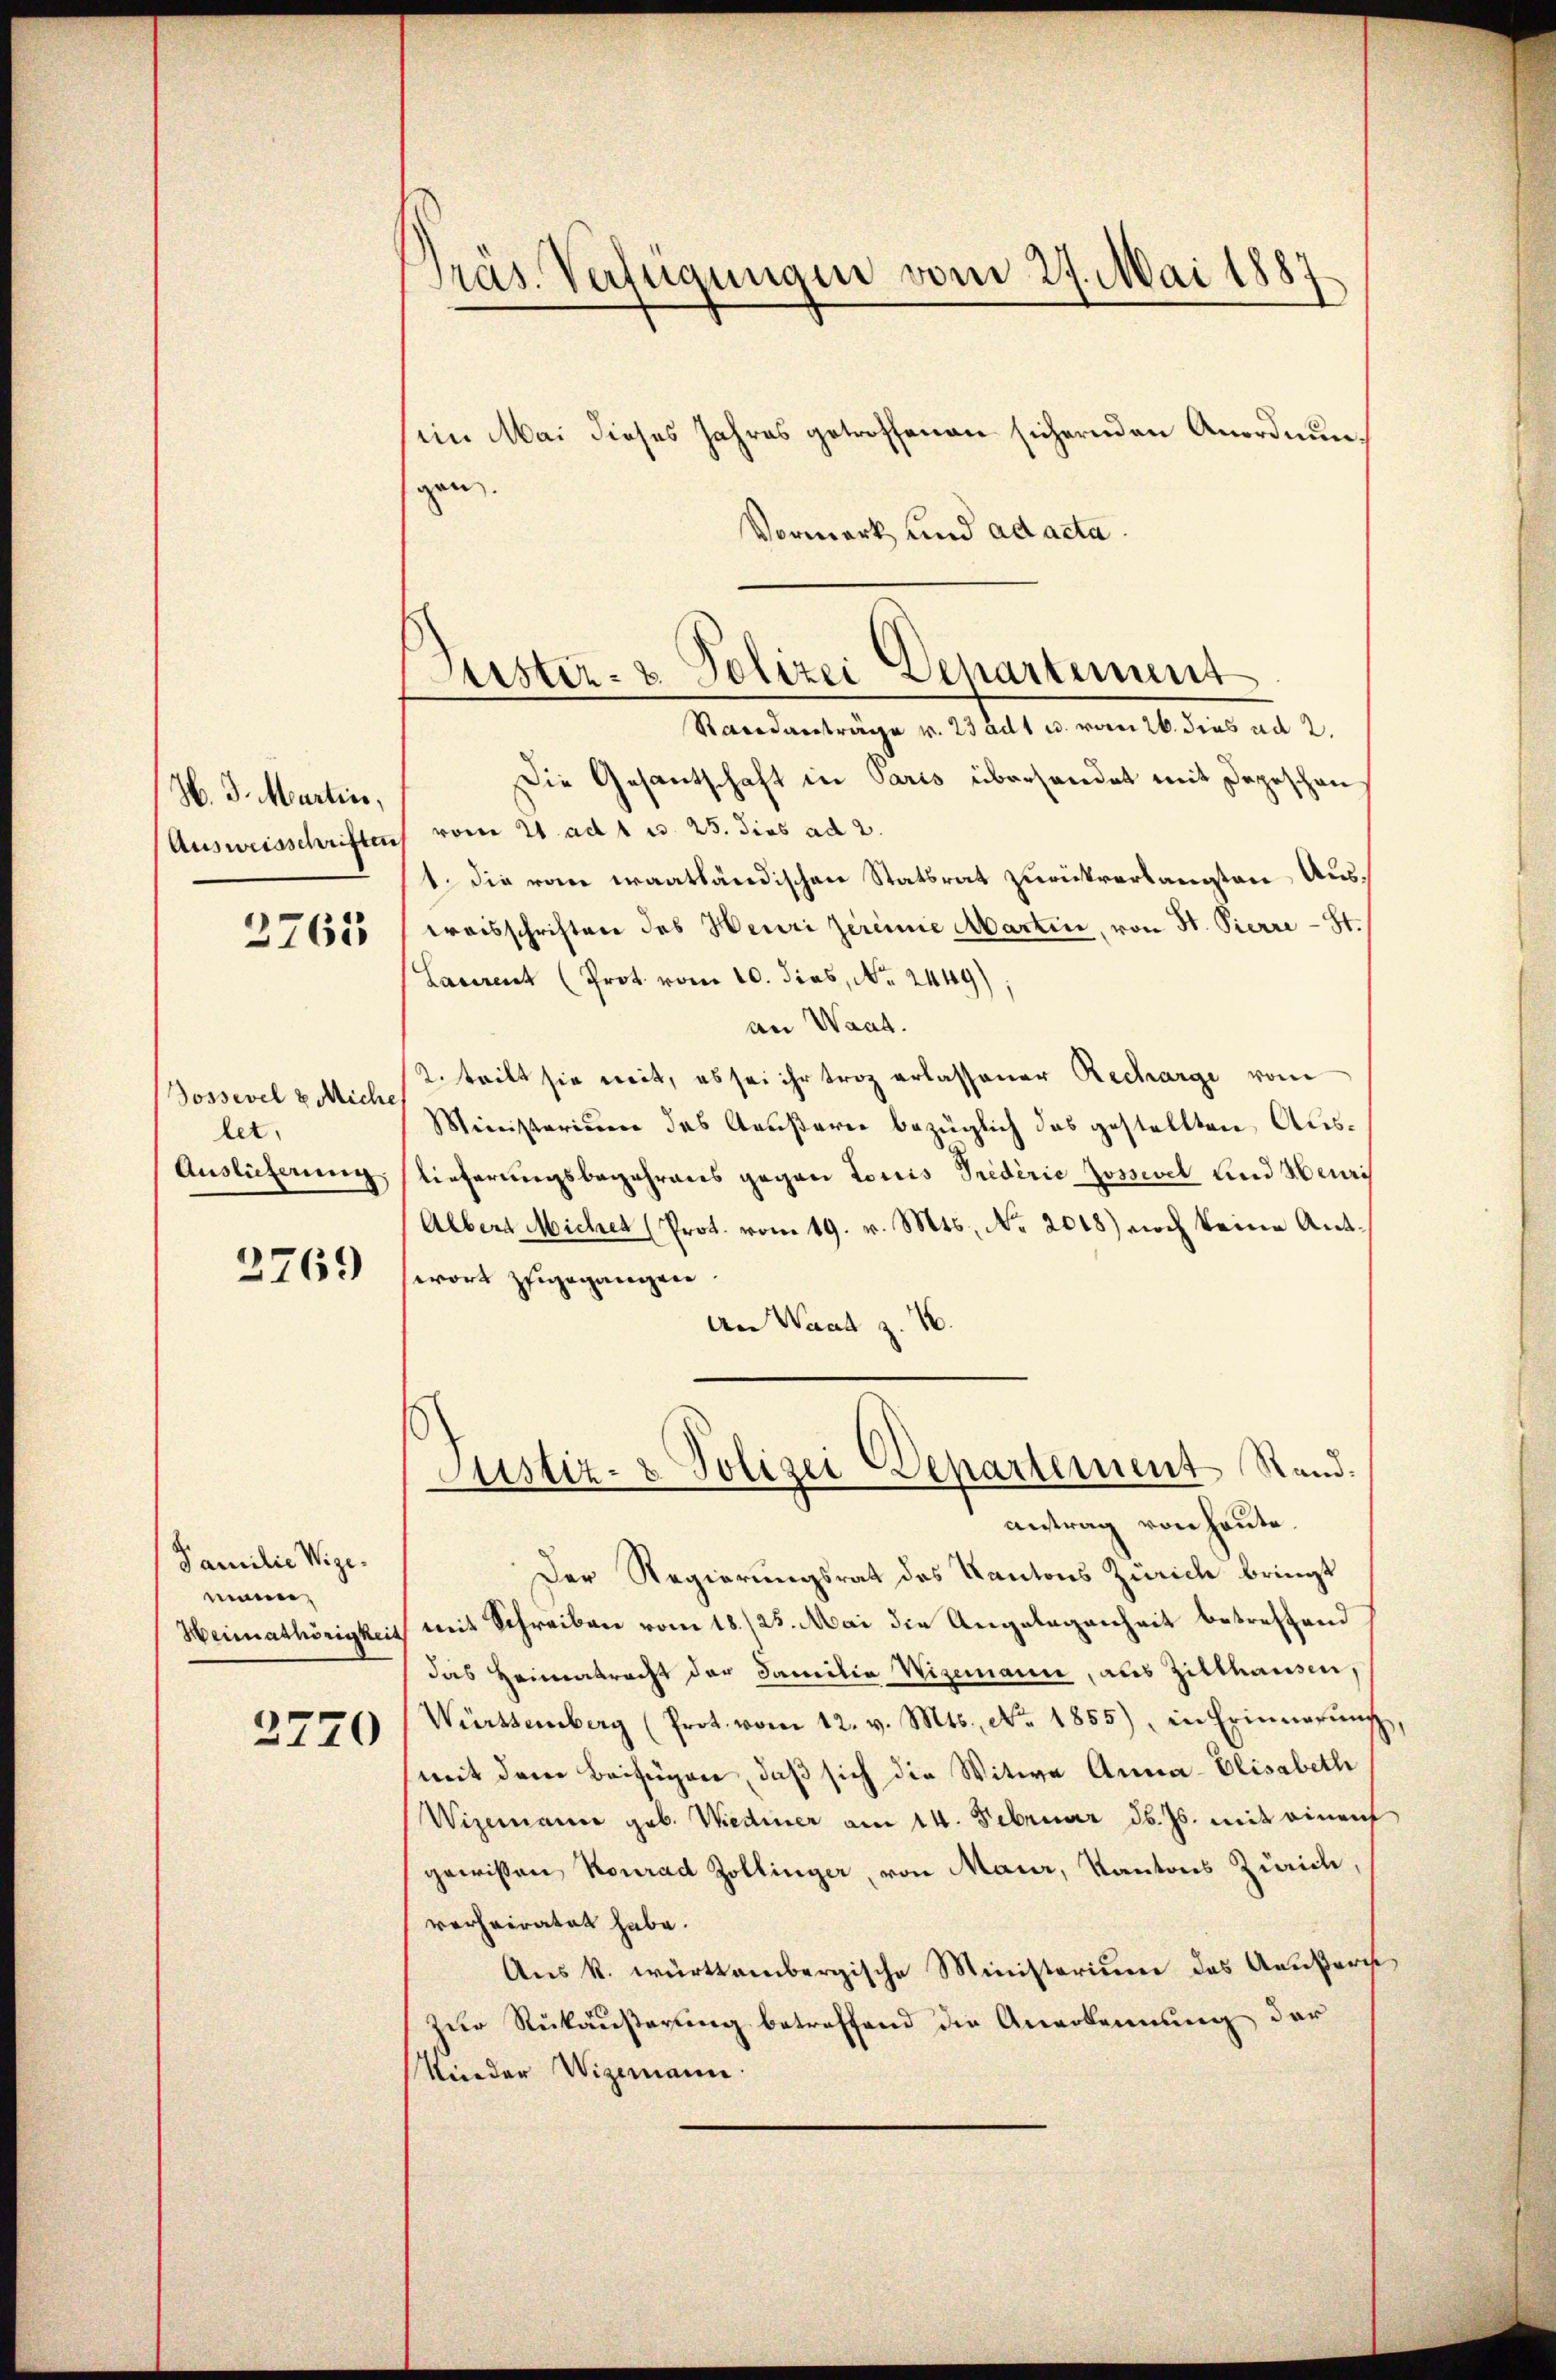
H. J. Martin,

3763

Jossevel u Miche,
let.
Auslieferung.

2769

Familie Wige.
mann,
Heimathörigkeit

2770

Präs. Verfügungen vom 27. Mai 1887

gen.
Vormerk und ad acta.
Die Gesantschaft in Paris überhandet mit Depeschen
Ausweisschriften vom 21. ad 1. c. 25. dies ad 2.
1. die von waatländischen Statsrat zurückverlangten Austraisschriften des Heuri zereinie Martin, von St. Pierre - St.
Lacirent (Prot. vom 10. dies, Nr. 2449)
an Waat.
2. tritt sie weit, es sei ihr troz erlassener Recharge vom
Ministerium des Aeußerer bezüglich das gestellten Auslieferungsbegehrens gegen Loris Triderie Jossevel und Heuris
Albert Micher (Prot. vom 19. v. Mts. No 2018) noch keine Antwort zugegangen.
An Waat z. 16.
Justiz- & Polizei Departement Stand.
antrag von heute.
Der Regierungsrat des Kantons Zürich bringt
mit Schreiben vom 18./25. Mai die Angelegenheit betreffend
das Heimatracht der Familia Wizemann, aus Zilthausen,
Württemberg (Prot. vom 12. v. Mts., No. 1855), in Erinnerŭng
mit dem Beifügen, daß sich die Witwe Anna-Elisabeth
Wizemann geb. Wiediner am 14. Februar d. Js. mit einen
gewissen Konrad Zollinger, von Maur, Kantons Zürich,
verheiratet habe.
Aus k. württembergische Ministerium das Aeußers
zur Rükäußerung betreffend die Anerkennung der
Nieder Wigemann.

ein Mai dieses Jahres getroffenen sichernden Anordnun¬

Leister- & Polizei Departement
Standanträge v. 23 ad 1 u. vom 26. dies ad 2.